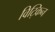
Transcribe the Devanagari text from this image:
विट्किन